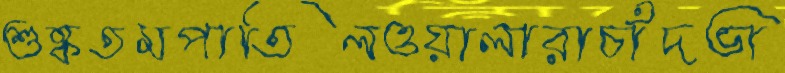
শুষ্কতমপাতিলওয়ালারাচাঁদভা